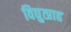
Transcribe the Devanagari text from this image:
विद्युत्प्राह